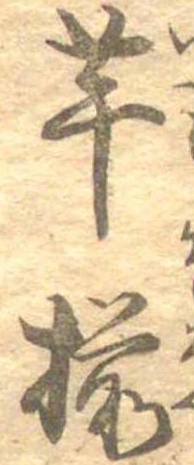
芋揃